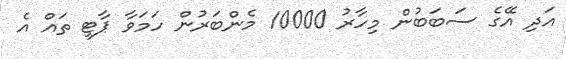
އަދި އޭގެ ސަބަބުން މިހާރު 10000 މެންބަރުން ހަމަވާ ޕާޓީ ތައް އެ